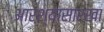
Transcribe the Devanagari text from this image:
आरश्यासारखा